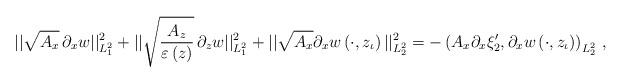
LaTeX: \begin{align*}|| \sqrt{A_x}\, \partial_x w ||^2_{L^2_1}+ || \sqrt{A_z \over \varepsilon\left(z\right) }\, \partial_z w ||^2_{L^2_1}+|| \sqrt{A_x} \partial_x w\left( \cdot ,z_\iota\right)||^2_{L^2_2} =- \left( A_x \partial_x\xi_2^\prime, \partial_x w\left( \cdot ,z_\iota\right)\right)_{L^2_2}\,,\end{align*}